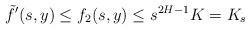
LaTeX: \begin{align*}\tilde{f}'(s,y)\le f_2(s,y)\le s^{2H-1}K=K_s\end{align*}